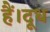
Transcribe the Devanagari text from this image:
हैं।दूध